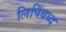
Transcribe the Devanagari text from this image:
लिपिबध्द